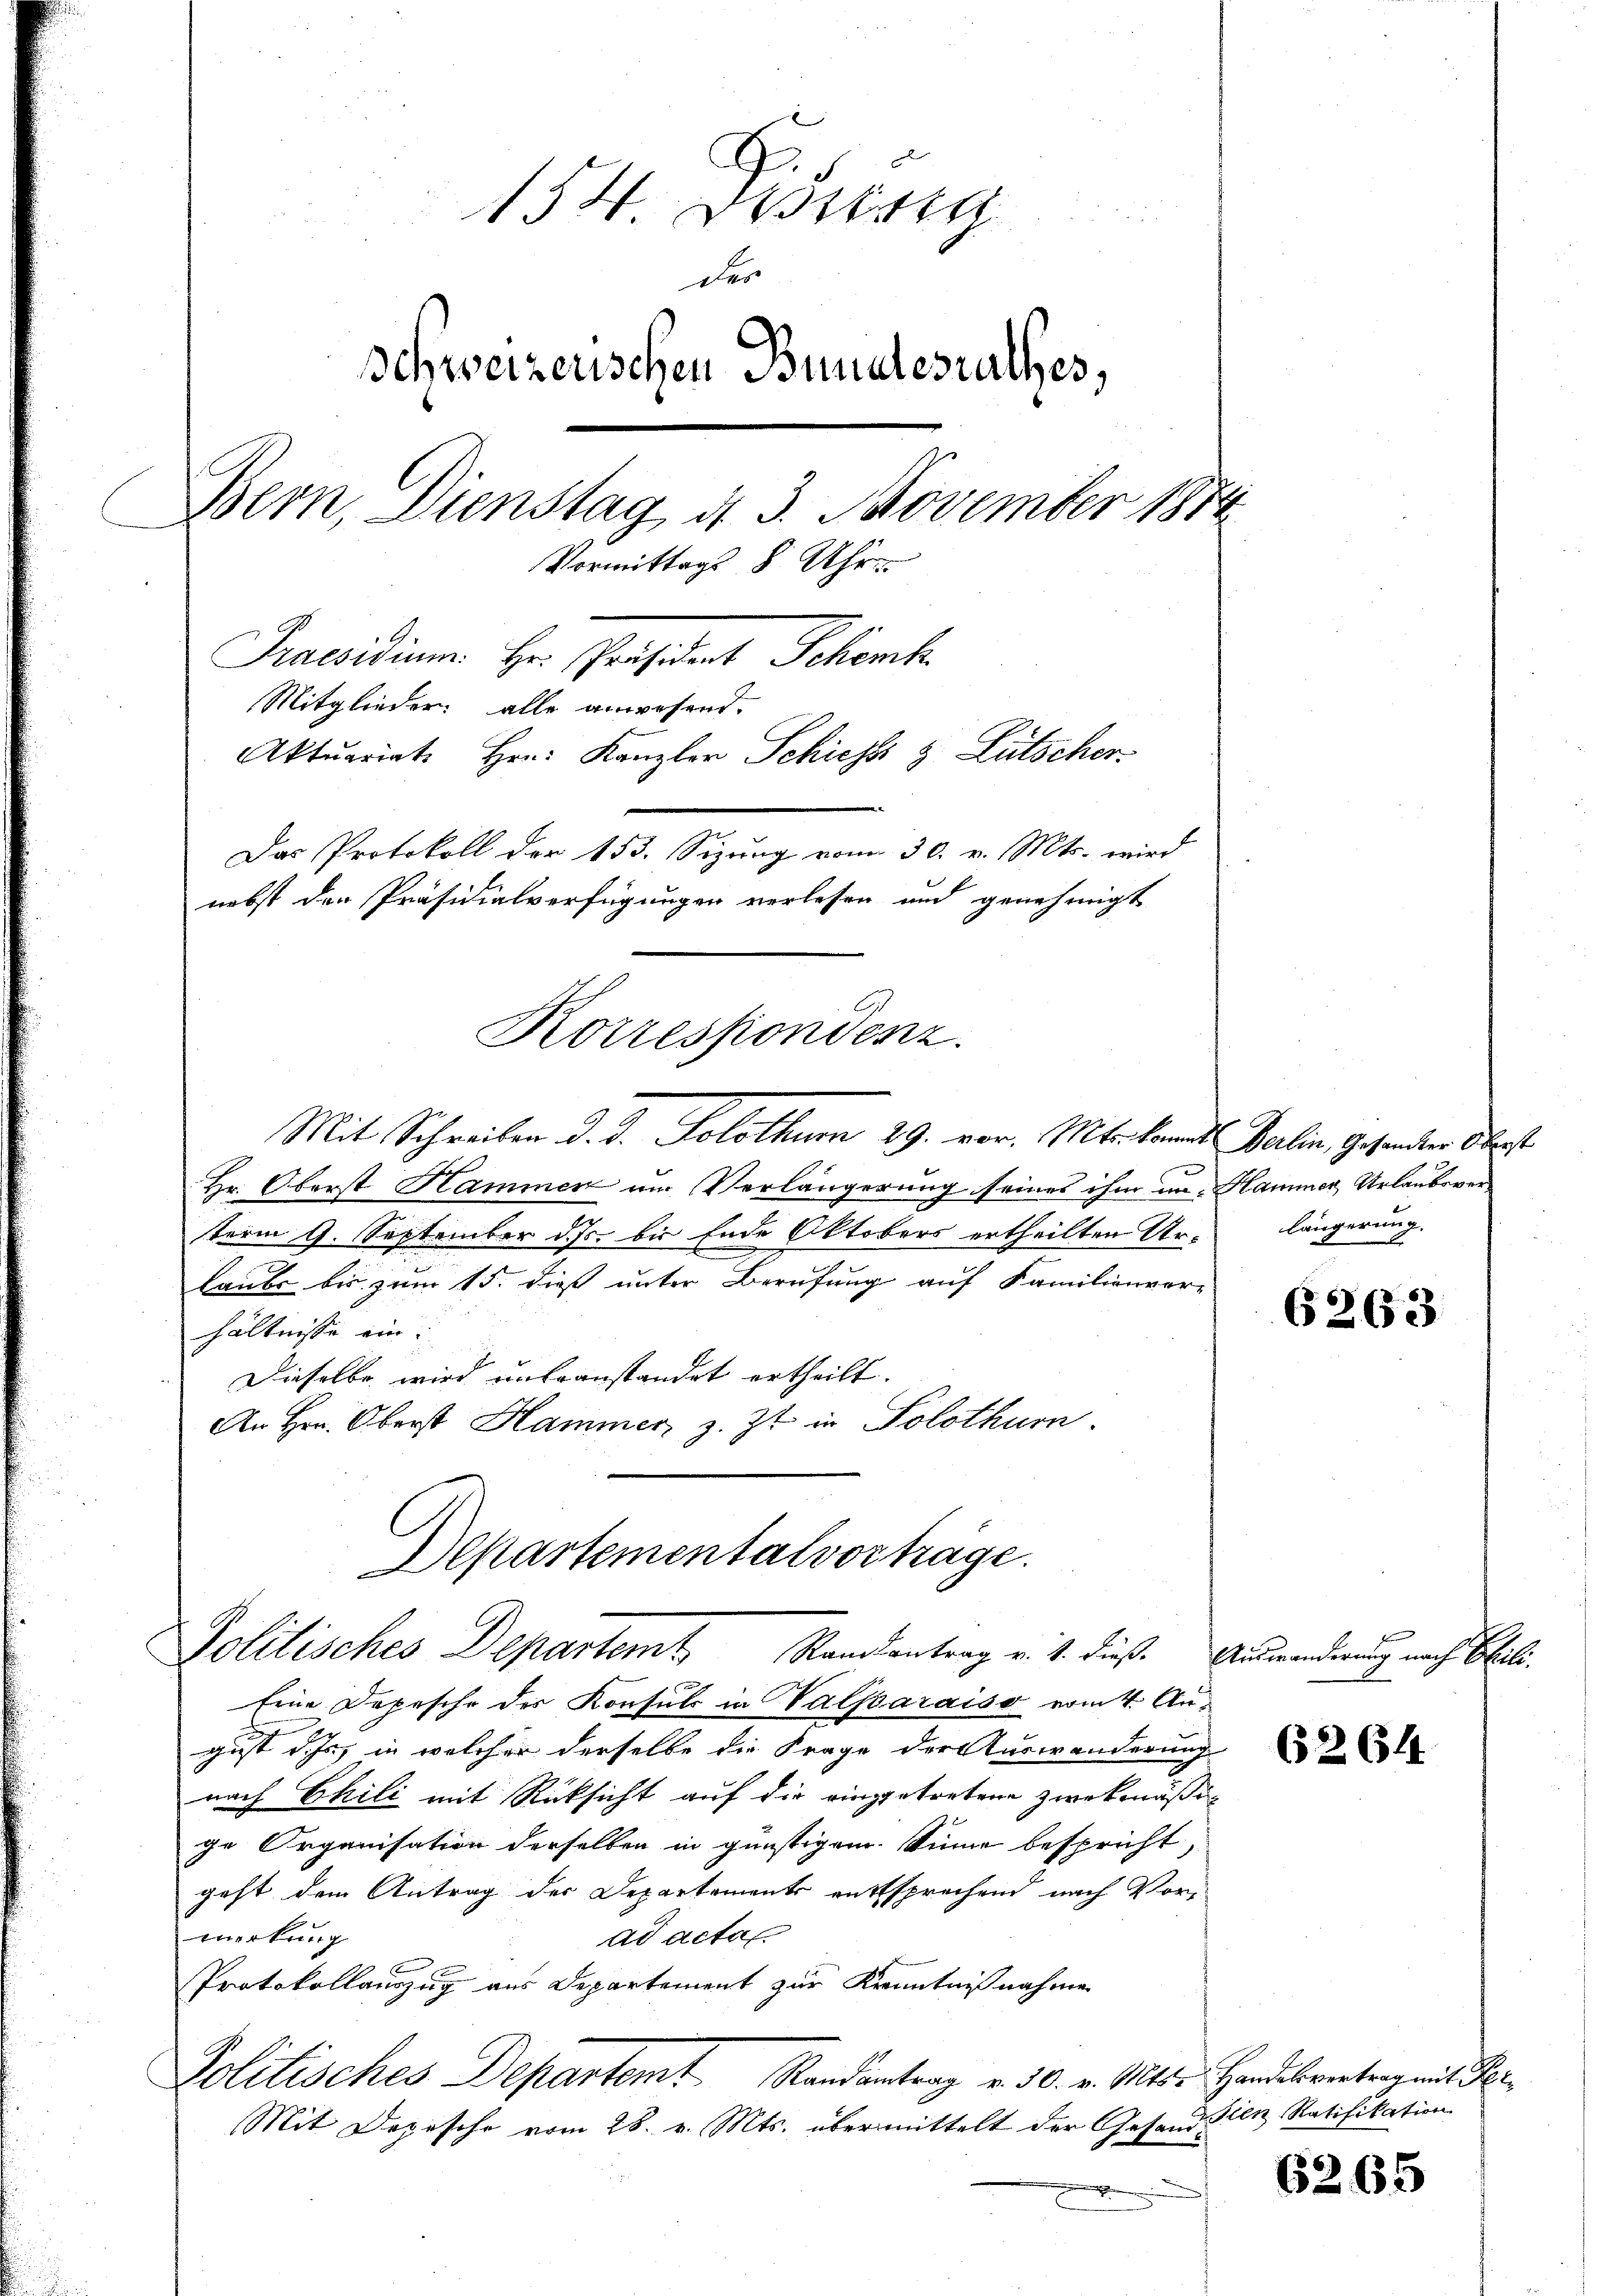
G
154 Wettig
der
Schweizerischen Bundesrathes,
Bern, Dienstag d. 3. November 1874
Vormittags 8 Uhr
Praesidium Hr. Präsident Schenk
Mitglieder alle anwesend.
Aktuariat Hrn. Kanzler Schicht & Lütscher
Das Protokoll der 153. Sizung vom 30. v. Mts. wird
nebst den Präsidialverfügungen verlesen und genehmigt
Korrespondenz.

Mit Schreiben d. d. Solothurn 29. vor. Mts. kannt Berlin, Gesandter Oberst
Hr. Oberst Hammer um Verlängerung seines ihm in Hammer, Urlaubsverterm 9. September d. Js. bis Ende Oktobers ertheilten Urlaube bis zum 15. dieß unter Berufung auf Familienver-
hältnisse ein:
Dieselbe wird unbeanstandet ertheilt.
An Hrn. Oberst Hammer, z. Zt. in Solothurn.

Departementalvorträge.
Politisches Departem Randsantrag v. 1. dieß. Auswanderung nach Ebili-

Eine Depesche der Konsuls in Valsparaiso vom 4. August d. Js in welcher derselbe die Frage der Auswanderung
nach Chili mit Rücksicht auf die eingetretene Zweckmäßige Organisation derselben in günstigem Sinne bespricht,
geht dem Antrag der Departements entsprechend nach Vormerkung
ad actan
Protokollauszug aus Departement zur Kenntnißnahme
Politisches Departemt Randantrag v. 30. v. Mts. Handelvertrag mit Per¬
Mit Depesche vom 28. v. Mts. übermittelt der Gesandten Ratifikation

längerung.

6263

62614

6265